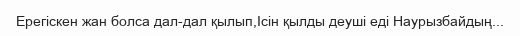
Ерегіскен жан болса дал-дал қылып,Ісін қылды деуші еді Наурызбайдың...